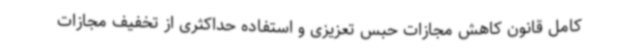
کامل قانون کاهش مجازات حبس تعزیزی و استفاده حداکثری از تخفیف مجازات